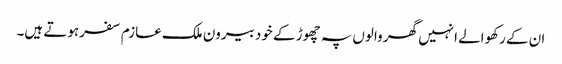
ان کے رکھوالے انہیں گھر والوں پہ چھوڑ کے خود بیرون ملک عازم سفرہوتے ہیں۔